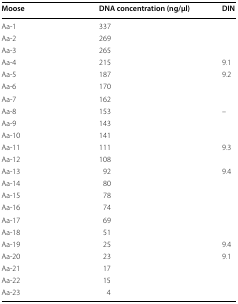
| Moose | DNA concentration (ng/μl) | DIN |
 | --- | --- | --- |
 | Aa-1 | 337 |  |
 | Aa-2 | 269 |  |
 | Aa-3 | 265 |  |
 | Aa-4 | 215 | 9.1 |
 | Aa-5 | 187 | 9.2 |
 | Aa-6 | 170 |  |
 | Aa-7 | 162 |  |
 | Aa-8 | 153 | – |
 | Aa-9 | 143 |  |
 | Aa-10 | 141 |  |
 | Aa-11 | 111 | 9.3 |
 | Aa-12 | 108 |  |
 | Aa-13 | 92 | 9.4 |
 | Aa-14 | 80 |  |
 | Aa-15 | 78 |  |
 | Aa-16 | 74 |  |
 | Aa-17 | 69 |  |
 | Aa-18 | 51 |  |
 | Aa-19 | 25 | 9.4 |
 | Aa-20 | 23 | 9.1 |
 | Aa-21 | 17 |  |
 | Aa-22 | 15 |  |
 | Aa-23 | 4 |  |